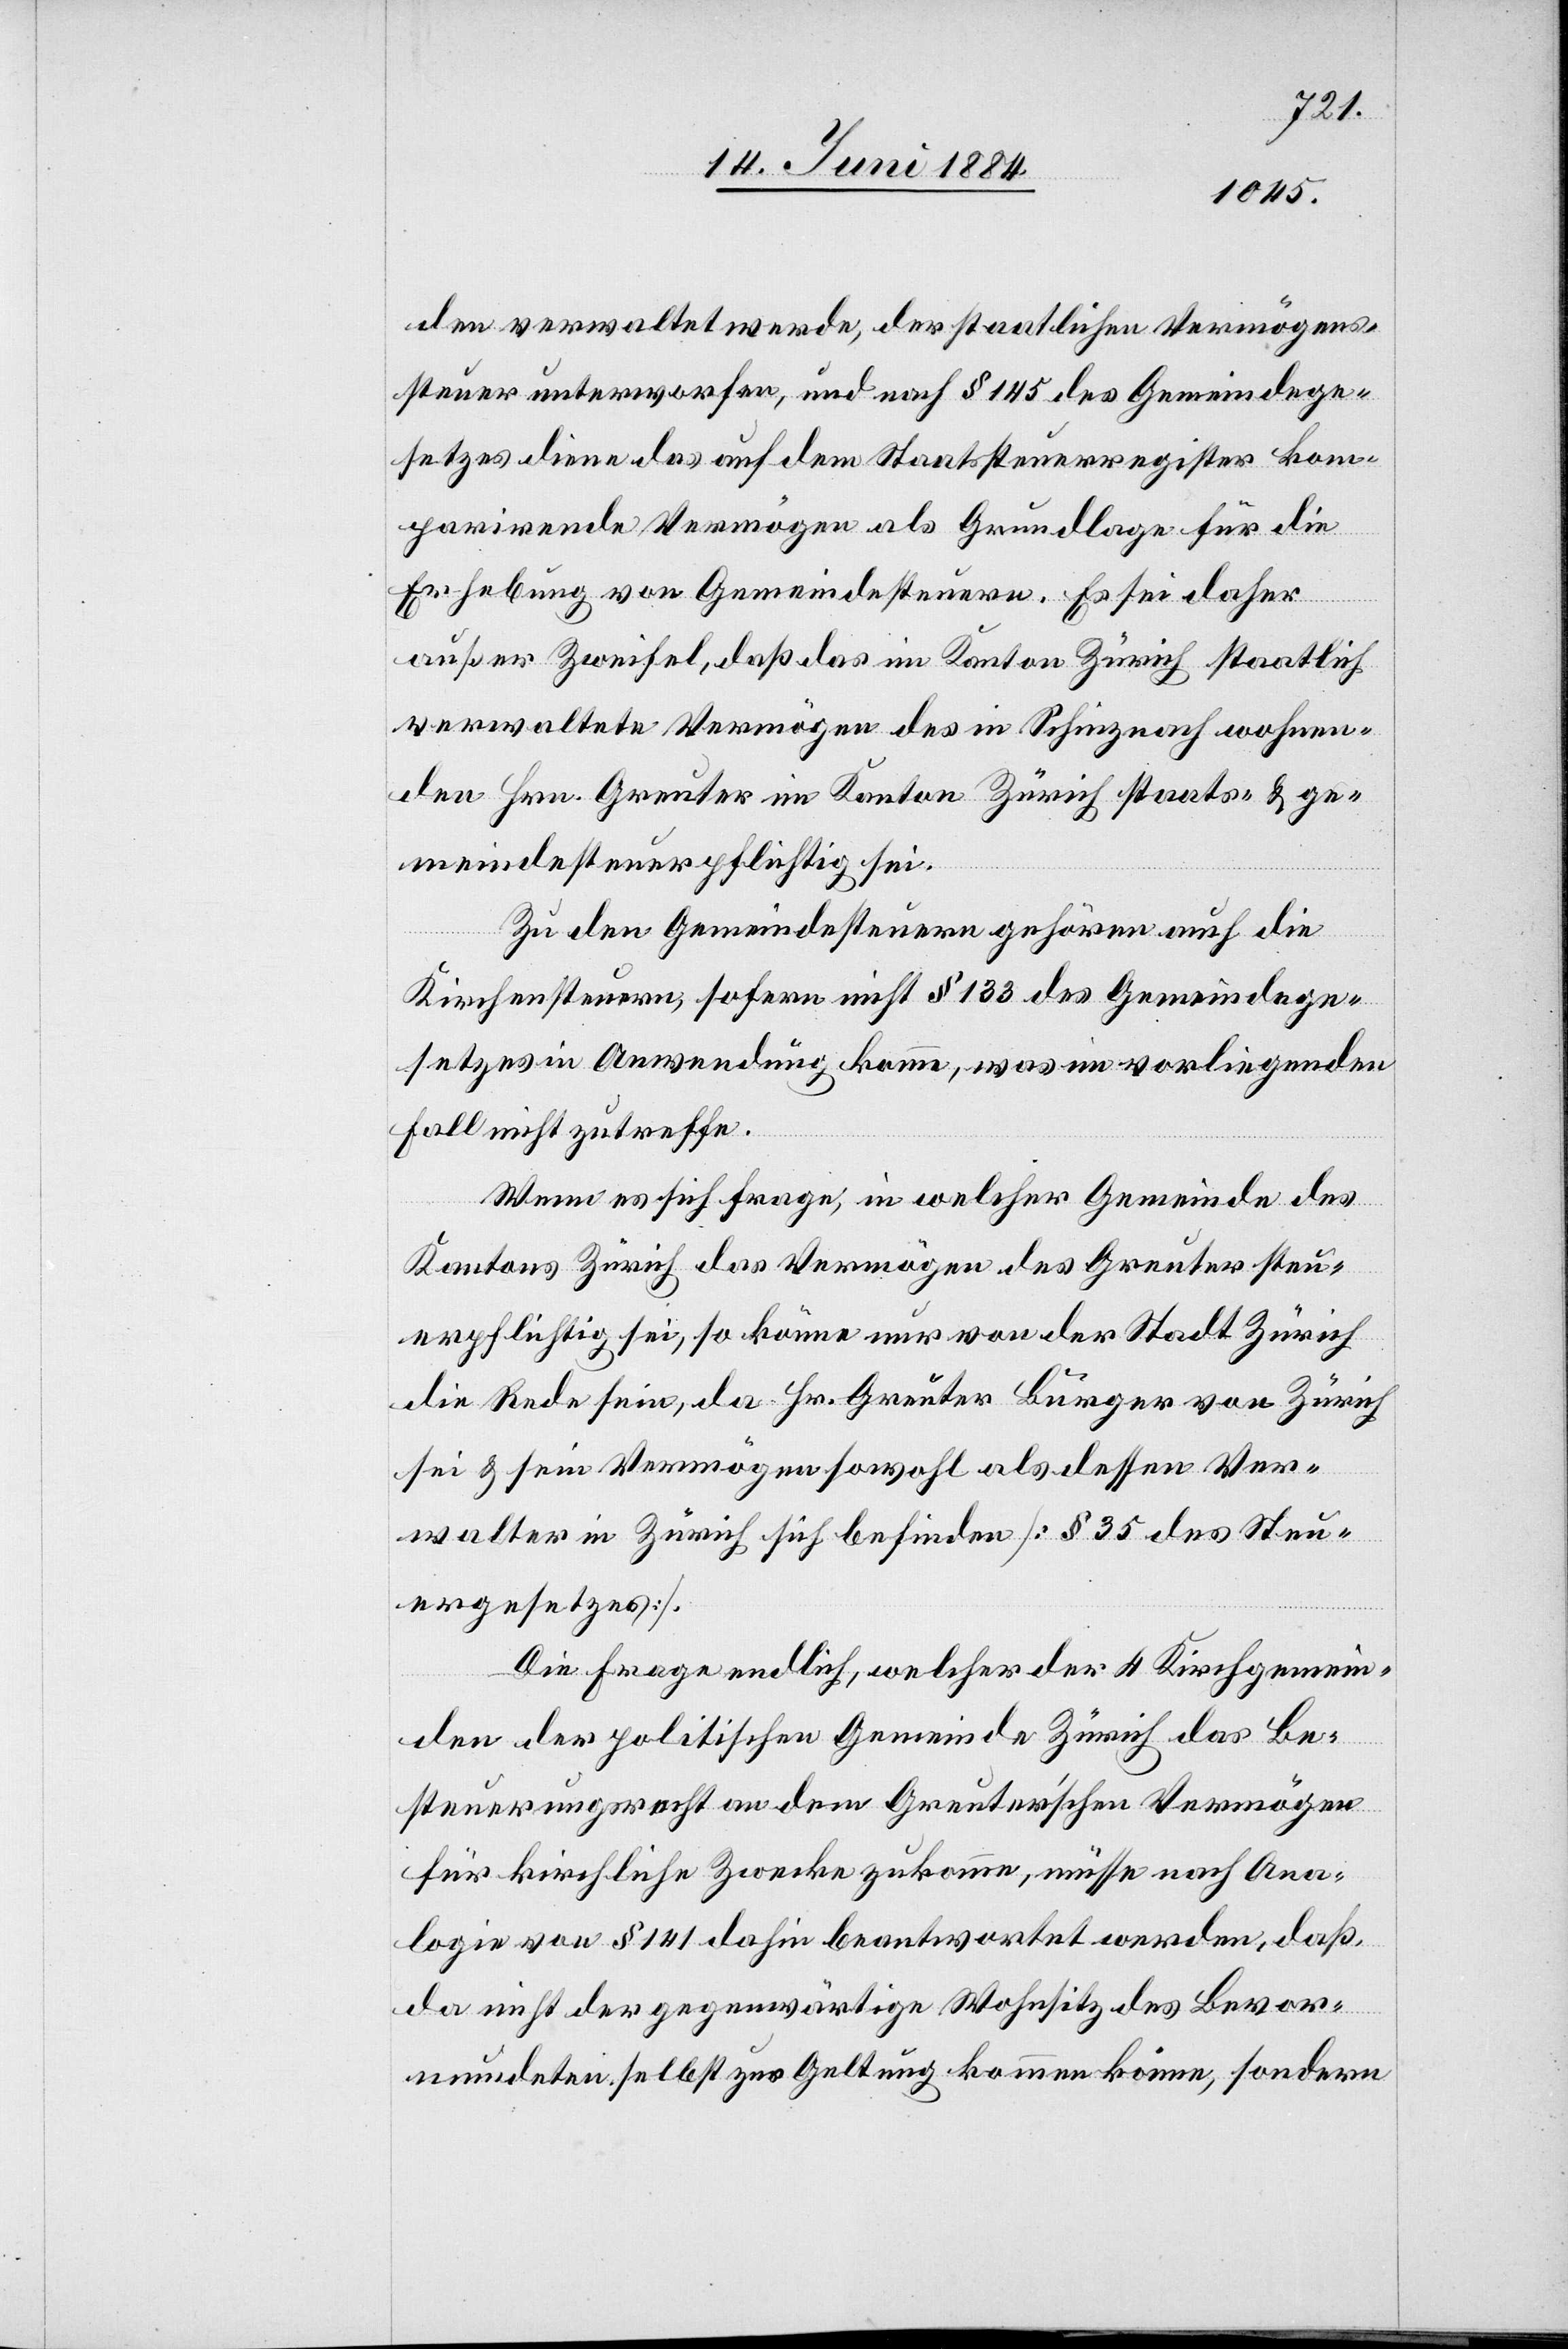
den verwaltet werde, der staatlichen Vermögens¬
steuer unterworfen, und nach § 145 des Gemeindege¬
setzes diene das auf dem Staatssteuerregister kom¬
parirende Vermögen als Grundlage für die
Erhebung von Gemeindesteuern. Es sei daher
außer Zweifel, daß das im Kanton Zürich staatlich
verwaltete Vermögen des in Schinznach wohnen¬
den Hrn. Greuter im Kanton Zürich staats- & ge¬
meindesteuerpflichtig sei.
Zu den Gemeindesteuern gehören auch die
Kirchensteuern, sofern nicht § 133 des Gemeindege¬
setzes in Anwendung komme, was im vorliegenden
Fall nicht zutreffe.
Wenn es sich frage, in welcher Gemeinde des
Kantons Zürich das Vermögen des Greuter steu¬
erpflichtig sei, so könne nur von der Stadt Zürich
die Rede sein, da Hr. Greuter Bürger von Zürich
sei & sein Vermögen sowohl als dessen Ver¬
walter in Zürich sich befinden [§ 35 des Steu¬
ergesetzes].
Die Frage endlich, welcher der 4 Kirchengemein¬
den der politischen Gemeinde Zürich das Be¬
steuerungsrecht an dem Greuter’schen Vermögen
für kirchliche Zwecke zukomme, müsse nach Ana¬
logie von § 141 dahin beantwortet werden, daß
da nicht der gegenwärtige Wohnsitz des Bevor¬
mundeten selbst zur Geltung kommen könne, sondern